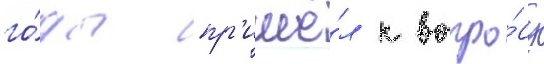
го́ды пр'ишё́л к вопро́су